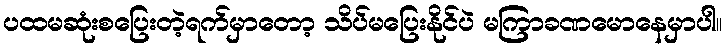
ပထမဆုံးစပြေးတဲ့ရက်မှာတော့ သိပ်မပြေးနိုင်ပဲ မကြာခဏမောနေမှာပါ။